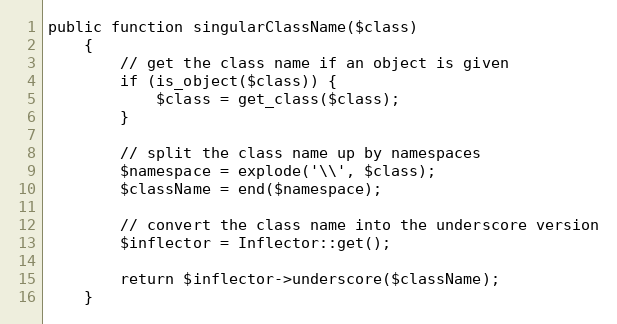
Language: PHP
public function singularClassName($class)
    {
        // get the class name if an object is given
        if (is_object($class)) {
            $class = get_class($class);
        }

        // split the class name up by namespaces
        $namespace = explode('\\', $class);
        $className = end($namespace);

        // convert the class name into the underscore version
        $inflector = Inflector::get();

        return $inflector->underscore($className);
    }